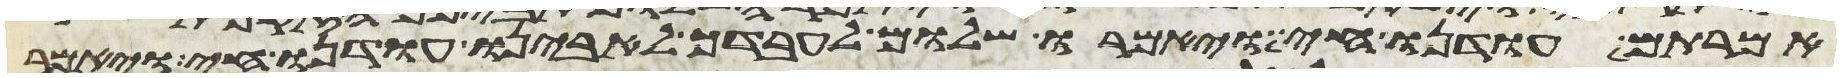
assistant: אמרתם עודנו חי ויאמרו שלום לעבדך לאבינו עודנו חי ויאמר